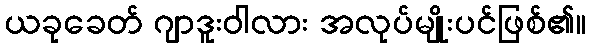
ယခုခေတ် ဂျာဒူးဝါလား အလုပ်မျိုးပင်ဖြစ်၏။